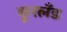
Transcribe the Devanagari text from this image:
कूरलँड